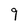
Character: 9